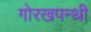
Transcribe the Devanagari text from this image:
गोरखपन्थी